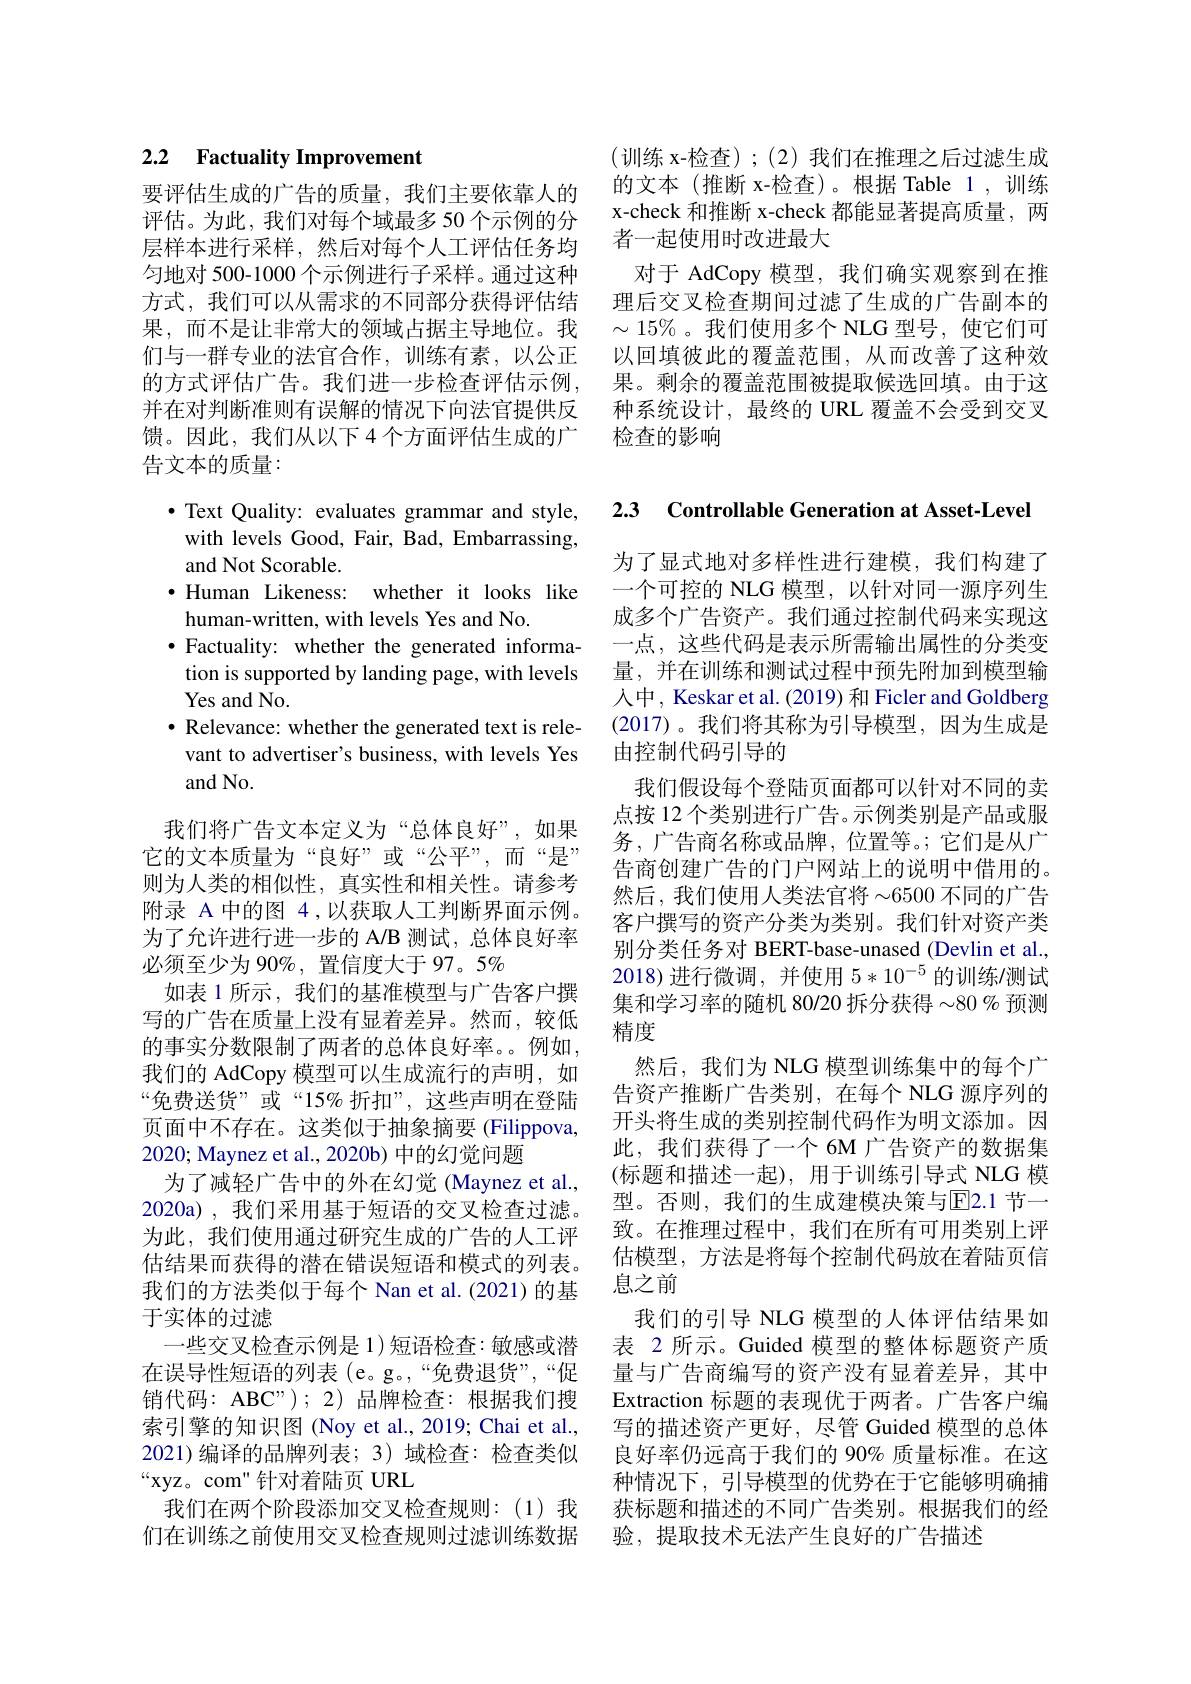
(训练 x-检查);(2)我们在推理之后过滤生成的文本(推断 x-检查)。根据 Table 1,训练x-check 和推断 x-check 都能显著提高质量，两者一起使用时改进最大
对于 AdCopy 模型，我们确实观察到在推理后交叉检查期间过滤了生成的广告副本的$\sim15\%$。我们使用多个 NLG 型号，使它们可以回填彼此的覆盖范围，从而改善了这种效果。剩余的覆盖范围被提取候选回填。由于这种系统设计，最终的 URL 覆盖不会受到交叉检查的影响

# 2.2 Factuality Improvement

要评估生成的广告的质量，我们主要依靠人的评估。为此，我们对每个域最多 50 个示例的分层样本进行采样，然后对每个人工评估任务均匀地对 500-1000 个示例进行子采样。通过这种方式，我们可以从需求的不同部分获得评估结果，而不是让非常大的领域占据主导地位。我们与一群专业的法官合作，训练有素，以公正的方式评估广告。我们进一步检查评估示例， 并在对判断准则有误解的情况下向法官提供反馈。因此，我们从以下 4 个方面评估生成的广告文本的质量：

$\bullet$ Text Quality: evaluates grammar and style, with levels Good, Fair, Bad, Embarrassing, and Not Scorable.
$\bullet$ Human Likeness: whether it looks like
human-written, with levels Yes and No.
$\bullet$ Factuality: whether the generated information is supported by landing page, with levels Yes and No.
$\bullet$ Relevance: whether the generated text is relevant to advertiser's business, with levels Yes and No.

我们将广告文本定义为“总体良好”,如果它的文本质量为“良好”或“公平”,而“是” 则为人类的相似性，真实性和相关性。请参考附录 A 中的图 4,以获取人工判断界面示例。为了允许进行进一步的 A/B 测试，总体良好率必须至少为 90%, 置信度大于 97。5%
如表 1 所示 , 我们的基准模型与广告客户撰写的广告在质量上没有显着差异。然而，较低的事实分数限制了两者的总体良好率。例如， 我们的 AdCopy 模型可以生成流行的声明，如“免费送货”或“15%折扣”,这些声明在登陆页面中不存在。这类似于抽象摘要 (Filippova, 2020; Maynez et al., 2020b) 中的幻觉问题
为了减轻广告中的外在幻觉 (Maynez et al., 2020a),我们采用基于短语的交叉检查过滤。为此，我们使用通过研究生成的广告的人工评估结果而获得的潜在错误短语和模式的列表。我们的方法类似于每个 Nan et al.(2021)的基于实体的过滤
一些交叉检查示例是 1)短语检查：敏感或潜在误导性短语的列表 (e。g。,“免费退货”,“促销代码：ABC");2)品牌检查：根据我们搜索引擎的知识图 (Noy et al., 2019; Chai et al., 2021)编译的品牌列表；3)域检查：检查类似“xyz。com”针对着陆页 URL
我们在两个阶段添加交叉检查规则：(1)我们在训练之前使用交叉检查规则过滤训练数据

2.3 Controllable Generation at Asset-Leve

为了显式地对多样性进行建模，我们构建了一个可控的 NLG 模型，以针对同一源序列生成多个广告资产。我们通过控制代码来实现这一点，这些代码是表示所需输出属性的分类变量，并在训练和测试过程中预先附加到模型输人中，Keskar et al. (2019) 和 Ficler and Goldberg (2017)。我们将其称为引导模型，因为生成是由控制代码引导的
我们假设每个登陆页面都可以针对不同的卖点按 12 个类别进行广告。示例类别是产品或服务，广告商名称或品牌，位置等。;它们是从广告商创建广告的门户网站上的说明中借用的。然后，我们使用人类法官将$\sim6500$ 不同的广告客户撰写的资产分类为类别。我们针对资产类别分类任务对 BERT-base-unased (Devlin et al., 2018)进行微调，并使用$5*10^-5$的训练/测试集和学习率的随机 80/20 拆分获得 {-80 % 预测} 精度
然后，我们为 NLG 模型训练集中的每个广告资产推断广告类别，在每个 NLG 源序列的开头将生成的类别控制代码作为明文添加。因此，我们获得了一个 6M 广告资产的数据集(标题和描述一起),用于训练引导式 NLG 模型。否则，我们的生成建模决策与E2.1 节一致。在推理过程中，我们在所有可用类别上评估模型，方法是将每个控制代码放在着陆页信息之前
我们的引导 NLG 模型的人体评估结果如表 2 所示。Guided 模型的整体标题资产质量与广告商编写的资产没有显着差异，其中Extraction 标题的表现优于两者。广告客户编写的描述资产更好，尽管 Guided 模型的总体良好率仍远高于我们的 90% 质量标准。在这种情况下，引导模型的优势在于它能够明确捕获标题和描述的不同广告类别。根据我们的经验，提取技术无法产生良好的广告描述